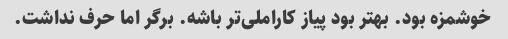
خوشمزه بود. بهتر بود پیاز کاراملی‌تر باشه. برگر اما حرف نداشت.